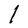
Character: l